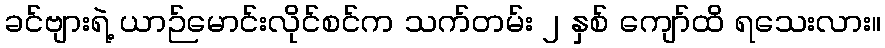
ခင်ဗျားရဲ့ ယာဉ်မောင်းလိုင်စင်က သက်တမ်း ၂ နှစ် ကျော်ထိ ရသေးလား။